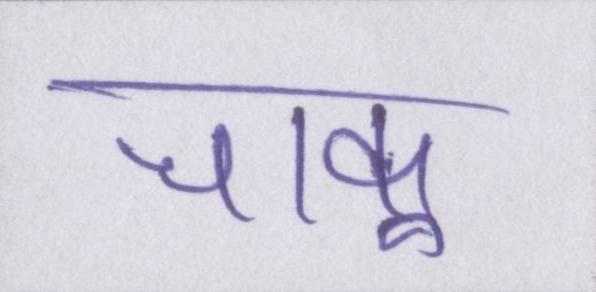
चाकू